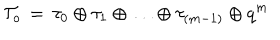
{ \cal T } _ { o } \, = \, \tau _ { 0 } \oplus \tau _ { 1 } \oplus \ldots \oplus \tau _ { ( m - 1 ) } \oplus q ^ { m }